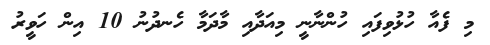
މި ފެއާ ހުޅުވިފައި ހުންނާނީ މިއަދާއި މާދަމާ ހެނދުނު 10 އިން ހަވީރު